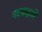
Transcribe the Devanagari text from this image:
घटकद्रव्ये